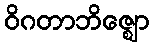
ဝိဂတာဘိဇ္ဈော